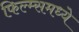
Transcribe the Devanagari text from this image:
फिल्म्समध्ये